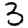
Digit: 3